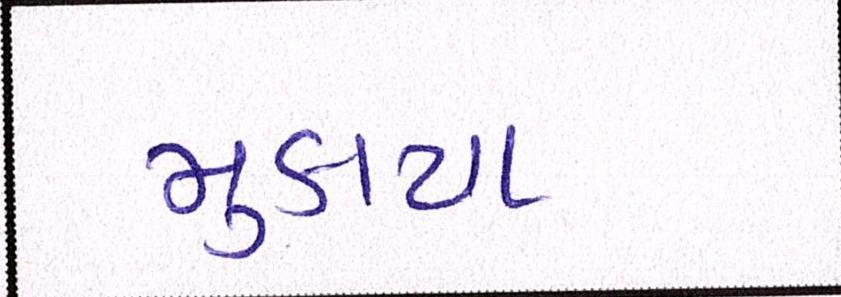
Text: મુકાયા